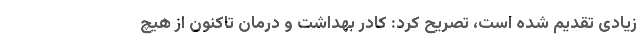
زیادی تقدیم شده است، تصریح کرد: کادر بهداشت و درمان تاکنون از هیچ